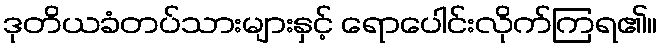
ဒုတိယခံတပ်သားများနှင့် ရောပေါင်းလိုက်ကြရ၏။